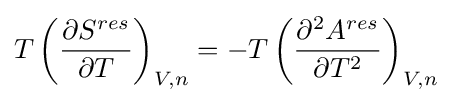
T\left({\frac {\partial S^{res}}{\partial T}}\right)_{V,n}=-T\left({\frac {\partial ^{2}A^{res}}{\partial T^{2}}}\right)_{V,n}